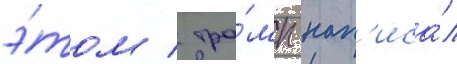
э́том / тра́мп нап'иса́л